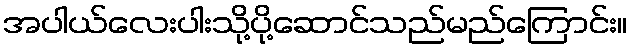
အပါယ်လေးပါးသို့ပို့ဆောင်သည်မည်ကြောင်း။